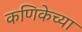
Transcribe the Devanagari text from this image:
कणिकेच्या